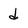
Character: d